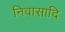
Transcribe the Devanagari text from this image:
निवासादि